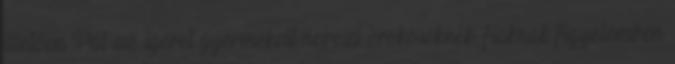
illetően Pál az ígéret gyermekeit nevezi örökösöknek, fiaknak figyelemben